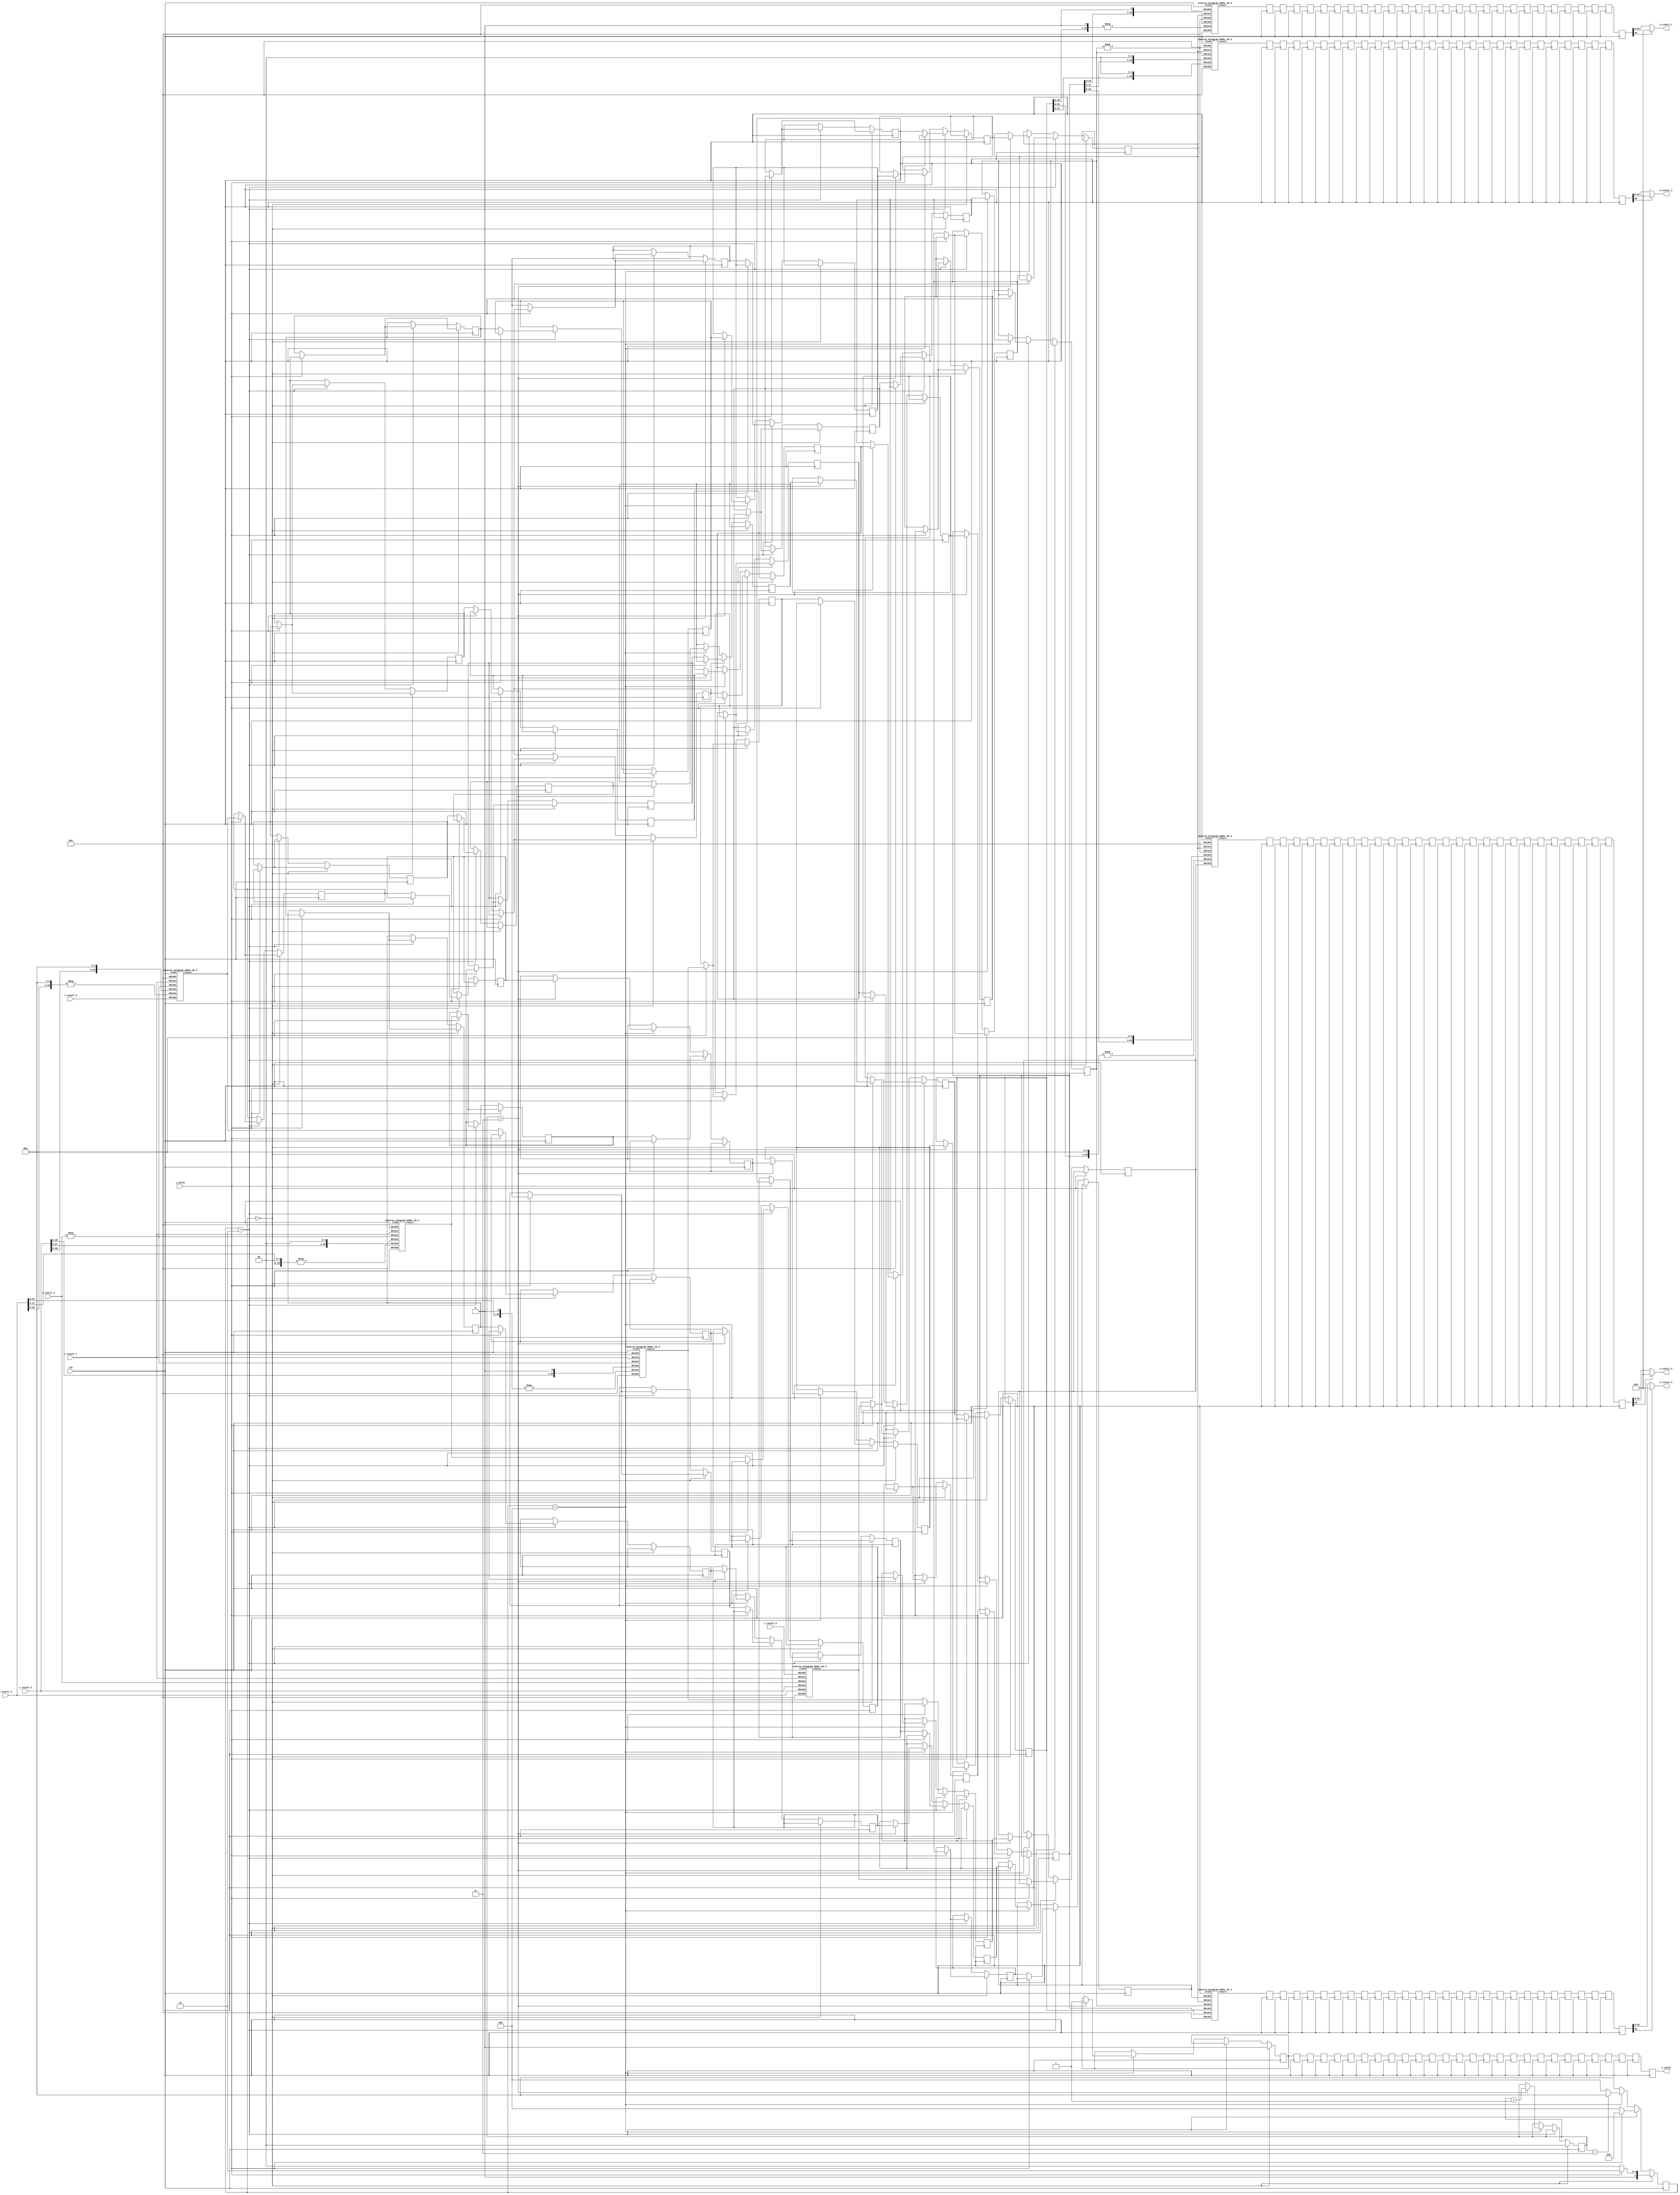
`define SIMULATION_MEMORY

module inverse_winograd_1 (
	input clk,
	input i_valid,
	input [29:0] i_result_0,
	input [29:0] i_result_1,
	input [29:0] i_result_2,
	input [29:0] i_result_3,
	input [29:0] i_result_4,
	input [29:0] i_result_5,
	output [15:0] o_result_0,
	output [15:0] o_result_1,
	output [15:0] o_result_2,
	output [15:0] o_result_3,
	output o_valid
);

reg [2:0] state, next_state;
wire [29:0] adders_res_0_0;
reg [29:0] serialize_reg_0_0;
reg [29:0] adders_res_0_1;
reg [29:0] serialize_reg_0_1;
reg [29:0] adders_res_0_2;
reg [29:0] serialize_reg_0_2;
reg [29:0] adders_res_0_3;
reg [29:0] serialize_reg_0_3;
reg [29:0] adders_res_0_4;
reg [29:0] serialize_reg_0_4;
reg [29:0] adders_res_0_5;
reg [29:0] serialize_reg_0_5;
wire [29:0] adders_res_1_0;
reg [29:0] serialize_reg_1_0;
reg [29:0] adders_res_1_1;
reg [29:0] serialize_reg_1_1;
reg [29:0] adders_res_1_2;
reg [29:0] serialize_reg_1_2;
reg [29:0] adders_res_1_3;
reg [29:0] serialize_reg_1_3;
reg [29:0] adders_res_1_4;
reg [29:0] serialize_reg_1_4;
reg [29:0] adders_res_1_5;
reg [29:0] serialize_reg_1_5;
wire [29:0] adders_res_2_0;
reg [29:0] serialize_reg_2_0;
reg [29:0] adders_res_2_1;
reg [29:0] serialize_reg_2_1;
reg [29:0] adders_res_2_2;
reg [29:0] serialize_reg_2_2;
reg [29:0] adders_res_2_3;
reg [29:0] serialize_reg_2_3;
reg [29:0] adders_res_2_4;
reg [29:0] serialize_reg_2_4;
reg [29:0] adders_res_2_5;
reg [29:0] serialize_reg_2_5;
wire [29:0] adders_res_3_0;
reg [29:0] serialize_reg_3_0;
reg [29:0] adders_res_3_1;
reg [29:0] serialize_reg_3_1;
reg [29:0] adders_res_3_2;
reg [29:0] serialize_reg_3_2;
reg [29:0] adders_res_3_3;
reg [29:0] serialize_reg_3_3;
reg [29:0] adders_res_3_4;
reg [29:0] serialize_reg_3_4;
reg [29:0] adders_res_3_5;
reg [29:0] serialize_reg_3_5;

wire [29:0] result_reg_0_0;
wire [29:0] result_reg_0_1;
wire [29:0] result_reg_0_2;
wire [29:0] result_reg_0_3;
reg [29:0] result_reg_1_0;
reg [29:0] result_reg_1_1;
reg [29:0] result_reg_1_2;
reg [29:0] result_reg_1_3;
reg [29:0] result_reg_2_0;
reg [29:0] result_reg_2_1;
reg [29:0] result_reg_2_2;
reg [29:0] result_reg_2_3;
reg [29:0] result_reg_3_0;
reg [29:0] result_reg_3_1;
reg [29:0] result_reg_3_2;
reg [29:0] result_reg_3_3;
reg [29:0] result_reg_4_0;
reg [29:0] result_reg_4_1;
reg [29:0] result_reg_4_2;
reg [29:0] result_reg_4_3;
reg [29:0] result_reg_5_0;
reg [29:0] result_reg_5_1;
reg [29:0] result_reg_5_2;
reg [29:0] result_reg_5_3;
reg [29:0] result_reg_6_0;
reg [29:0] result_reg_6_1;
reg [29:0] result_reg_6_2;
reg [29:0] result_reg_6_3;
reg [29:0] result_reg_7_0;
reg [29:0] result_reg_7_1;
reg [29:0] result_reg_7_2;
reg [29:0] result_reg_7_3;
reg [29:0] result_reg_8_0;
reg [29:0] result_reg_8_1;
reg [29:0] result_reg_8_2;
reg [29:0] result_reg_8_3;
reg [29:0] result_reg_9_0;
reg [29:0] result_reg_9_1;
reg [29:0] result_reg_9_2;
reg [29:0] result_reg_9_3;
reg [29:0] result_reg_10_0;
reg [29:0] result_reg_10_1;
reg [29:0] result_reg_10_2;
reg [29:0] result_reg_10_3;
reg [29:0] result_reg_11_0;
reg [29:0] result_reg_11_1;
reg [29:0] result_reg_11_2;
reg [29:0] result_reg_11_3;
reg [29:0] result_reg_12_0;
reg [29:0] result_reg_12_1;
reg [29:0] result_reg_12_2;
reg [29:0] result_reg_12_3;
reg [29:0] result_reg_13_0;
reg [29:0] result_reg_13_1;
reg [29:0] result_reg_13_2;
reg [29:0] result_reg_13_3;
reg [29:0] result_reg_14_0;
reg [29:0] result_reg_14_1;
reg [29:0] result_reg_14_2;
reg [29:0] result_reg_14_3;
reg [29:0] result_reg_15_0;
reg [29:0] result_reg_15_1;
reg [29:0] result_reg_15_2;
reg [29:0] result_reg_15_3;
reg [29:0] result_reg_16_0;
reg [29:0] result_reg_16_1;
reg [29:0] result_reg_16_2;
reg [29:0] result_reg_16_3;
reg [29:0] result_reg_17_0;
reg [29:0] result_reg_17_1;
reg [29:0] result_reg_17_2;
reg [29:0] result_reg_17_3;
reg [29:0] result_reg_18_0;
reg [29:0] result_reg_18_1;
reg [29:0] result_reg_18_2;
reg [29:0] result_reg_18_3;
reg [29:0] result_reg_19_0;
reg [29:0] result_reg_19_1;
reg [29:0] result_reg_19_2;
reg [29:0] result_reg_19_3;
reg [29:0] result_reg_20_0;
reg [29:0] result_reg_20_1;
reg [29:0] result_reg_20_2;
reg [29:0] result_reg_20_3;
reg [29:0] result_reg_21_0;
reg [29:0] result_reg_21_1;
reg [29:0] result_reg_21_2;
reg [29:0] result_reg_21_3;
reg [29:0] result_reg_22_0;
reg [29:0] result_reg_22_1;
reg [29:0] result_reg_22_2;
reg [29:0] result_reg_22_3;
reg [29:0] result_reg_23_0;
reg [29:0] result_reg_23_1;
reg [29:0] result_reg_23_2;
reg [29:0] result_reg_23_3;
reg [29:0] result_reg_24_0;
reg [29:0] result_reg_24_1;
reg [29:0] result_reg_24_2;
reg [29:0] result_reg_24_3;
reg [29:0] result_reg_25_0;
reg [29:0] result_reg_25_1;
reg [29:0] result_reg_25_2;
reg [29:0] result_reg_25_3;
reg [29:0] result_reg_26_0;
reg [29:0] result_reg_26_1;
reg [29:0] result_reg_26_2;
reg [29:0] result_reg_26_3;
reg [29:0] result_reg_27_0;
reg [29:0] result_reg_27_1;
reg [29:0] result_reg_27_2;
reg [29:0] result_reg_27_3;

reg out_valid_0;
reg out_valid_1;
reg out_valid_2;
reg out_valid_3;
reg out_valid_4;
reg out_valid_5;
reg out_valid_6;
reg out_valid_7;
reg out_valid_8;
reg out_valid_9;
reg out_valid_10;
reg out_valid_11;
reg out_valid_12;
reg out_valid_13;
reg out_valid_14;
reg out_valid_15;
reg out_valid_16;
reg out_valid_17;
reg out_valid_18;
reg out_valid_19;
reg out_valid_20;
reg out_valid_21;
reg out_valid_22;
reg out_valid_23;
reg out_valid_24;
reg out_valid_25;
reg out_valid_26;
reg out_valid_27;
reg [1:0] serialize_count;

always @ (posedge clk) begin
	out_valid_1 <= out_valid_0;
	result_reg_1_0 <= result_reg_0_0;
	result_reg_1_1 <= result_reg_0_1;
	result_reg_1_2 <= result_reg_0_2;
	result_reg_1_3 <= result_reg_0_3;
	out_valid_2 <= out_valid_1;
	result_reg_2_0 <= result_reg_1_0;
	result_reg_2_1 <= result_reg_1_1;
	result_reg_2_2 <= result_reg_1_2;
	result_reg_2_3 <= result_reg_1_3;
	out_valid_3 <= out_valid_2;
	result_reg_3_0 <= result_reg_2_0;
	result_reg_3_1 <= result_reg_2_1;
	result_reg_3_2 <= result_reg_2_2;
	result_reg_3_3 <= result_reg_2_3;
	out_valid_4 <= out_valid_3;
	result_reg_4_0 <= result_reg_3_0;
	result_reg_4_1 <= result_reg_3_1;
	result_reg_4_2 <= result_reg_3_2;
	result_reg_4_3 <= result_reg_3_3;
	out_valid_5 <= out_valid_4;
	result_reg_5_0 <= result_reg_4_0;
	result_reg_5_1 <= result_reg_4_1;
	result_reg_5_2 <= result_reg_4_2;
	result_reg_5_3 <= result_reg_4_3;
	out_valid_6 <= out_valid_5;
	result_reg_6_0 <= result_reg_5_0;
	result_reg_6_1 <= result_reg_5_1;
	result_reg_6_2 <= result_reg_5_2;
	result_reg_6_3 <= result_reg_5_3;
	out_valid_7 <= out_valid_6;
	result_reg_7_0 <= result_reg_6_0;
	result_reg_7_1 <= result_reg_6_1;
	result_reg_7_2 <= result_reg_6_2;
	result_reg_7_3 <= result_reg_6_3;
	out_valid_8 <= out_valid_7;
	result_reg_8_0 <= result_reg_7_0;
	result_reg_8_1 <= result_reg_7_1;
	result_reg_8_2 <= result_reg_7_2;
	result_reg_8_3 <= result_reg_7_3;
	out_valid_9 <= out_valid_8;
	result_reg_9_0 <= result_reg_8_0;
	result_reg_9_1 <= result_reg_8_1;
	result_reg_9_2 <= result_reg_8_2;
	result_reg_9_3 <= result_reg_8_3;
	out_valid_10 <= out_valid_9;
	result_reg_10_0 <= result_reg_9_0;
	result_reg_10_1 <= result_reg_9_1;
	result_reg_10_2 <= result_reg_9_2;
	result_reg_10_3 <= result_reg_9_3;
	out_valid_11 <= out_valid_10;
	result_reg_11_0 <= result_reg_10_0;
	result_reg_11_1 <= result_reg_10_1;
	result_reg_11_2 <= result_reg_10_2;
	result_reg_11_3 <= result_reg_10_3;
	out_valid_12 <= out_valid_11;
	result_reg_12_0 <= result_reg_11_0;
	result_reg_12_1 <= result_reg_11_1;
	result_reg_12_2 <= result_reg_11_2;
	result_reg_12_3 <= result_reg_11_3;
	out_valid_13 <= out_valid_12;
	result_reg_13_0 <= result_reg_12_0;
	result_reg_13_1 <= result_reg_12_1;
	result_reg_13_2 <= result_reg_12_2;
	result_reg_13_3 <= result_reg_12_3;
	out_valid_14 <= out_valid_13;
	result_reg_14_0 <= result_reg_13_0;
	result_reg_14_1 <= result_reg_13_1;
	result_reg_14_2 <= result_reg_13_2;
	result_reg_14_3 <= result_reg_13_3;
	out_valid_15 <= out_valid_14;
	result_reg_15_0 <= result_reg_14_0;
	result_reg_15_1 <= result_reg_14_1;
	result_reg_15_2 <= result_reg_14_2;
	result_reg_15_3 <= result_reg_14_3;
	out_valid_16 <= out_valid_15;
	result_reg_16_0 <= result_reg_15_0;
	result_reg_16_1 <= result_reg_15_1;
	result_reg_16_2 <= result_reg_15_2;
	result_reg_16_3 <= result_reg_15_3;
	out_valid_17 <= out_valid_16;
	result_reg_17_0 <= result_reg_16_0;
	result_reg_17_1 <= result_reg_16_1;
	result_reg_17_2 <= result_reg_16_2;
	result_reg_17_3 <= result_reg_16_3;
	out_valid_18 <= out_valid_17;
	result_reg_18_0 <= result_reg_17_0;
	result_reg_18_1 <= result_reg_17_1;
	result_reg_18_2 <= result_reg_17_2;
	result_reg_18_3 <= result_reg_17_3;
	out_valid_19 <= out_valid_18;
	result_reg_19_0 <= result_reg_18_0;
	result_reg_19_1 <= result_reg_18_1;
	result_reg_19_2 <= result_reg_18_2;
	result_reg_19_3 <= result_reg_18_3;
	out_valid_20 <= out_valid_19;
	result_reg_20_0 <= result_reg_19_0;
	result_reg_20_1 <= result_reg_19_1;
	result_reg_20_2 <= result_reg_19_2;
	result_reg_20_3 <= result_reg_19_3;
	out_valid_21 <= out_valid_20;
	result_reg_21_0 <= result_reg_20_0;
	result_reg_21_1 <= result_reg_20_1;
	result_reg_21_2 <= result_reg_20_2;
	result_reg_21_3 <= result_reg_20_3;
	out_valid_22 <= out_valid_21;
	result_reg_22_0 <= result_reg_21_0;
	result_reg_22_1 <= result_reg_21_1;
	result_reg_22_2 <= result_reg_21_2;
	result_reg_22_3 <= result_reg_21_3;
	out_valid_23 <= out_valid_22;
	result_reg_23_0 <= result_reg_22_0;
	result_reg_23_1 <= result_reg_22_1;
	result_reg_23_2 <= result_reg_22_2;
	result_reg_23_3 <= result_reg_22_3;
	out_valid_24 <= out_valid_23;
	result_reg_24_0 <= result_reg_23_0;
	result_reg_24_1 <= result_reg_23_1;
	result_reg_24_2 <= result_reg_23_2;
	result_reg_24_3 <= result_reg_23_3;
	out_valid_25 <= out_valid_24;
	result_reg_25_0 <= result_reg_24_0;
	result_reg_25_1 <= result_reg_24_1;
	result_reg_25_2 <= result_reg_24_2;
	result_reg_25_3 <= result_reg_24_3;
	out_valid_26 <= out_valid_25;
	result_reg_26_0 <= result_reg_25_0;
	result_reg_26_1 <= result_reg_25_1;
	result_reg_26_2 <= result_reg_25_2;
	result_reg_26_3 <= result_reg_25_3;
	out_valid_27 <= out_valid_26;
	result_reg_27_0 <= result_reg_26_0;
	result_reg_27_1 <= result_reg_26_1;
	result_reg_27_2 <= result_reg_26_2;
	result_reg_27_3 <= result_reg_26_3;
end

// FSM Combinational Logic
always @ (state or i_valid or serialize_count) begin
	if(state == 3'b000) begin
		if(i_valid == 1'b1)begin
			next_state = 3'b010;
		end else begin
			next_state = 3'b000;
		end
	end else if (state == 3'b010) begin
		if(i_valid == 1'b0) begin
			next_state = 3'b100;
		end else begin
			next_state = 3'b010;
		end
	end else if (state == 3'b100) begin
		if(serialize_count == 3)begin
			next_state = 3'b000;
		end else begin
			next_state = 3'b100;
		end
	end else begin
		next_state = 3'b000;
	end
end

// FSM Sequential Logic
always @ (posedge clk) begin
	if (state == 3'b000) begin
		serialize_count <= 0;
		out_valid_0 <= 0;
		if (i_valid == 1'b1) begin
			adders_res_0_1 <= adders_res_0_0;
			adders_res_1_1 <= adders_res_1_0;
			adders_res_2_1 <= adders_res_2_0;
			adders_res_3_1 <= adders_res_3_0;
			adders_res_0_2 <= adders_res_0_1;
			adders_res_1_2 <= adders_res_1_1;
			adders_res_2_2 <= adders_res_2_1;
			adders_res_3_2 <= adders_res_3_1;
			adders_res_0_3 <= adders_res_0_2;
			adders_res_1_3 <= adders_res_1_2;
			adders_res_2_3 <= adders_res_2_2;
			adders_res_3_3 <= adders_res_3_2;
			adders_res_0_4 <= adders_res_0_3;
			adders_res_1_4 <= adders_res_1_3;
			adders_res_2_4 <= adders_res_2_3;
			adders_res_3_4 <= adders_res_3_3;
			adders_res_0_5 <= adders_res_0_4;
			adders_res_1_5 <= adders_res_1_4;
			adders_res_2_5 <= adders_res_2_4;
			adders_res_3_5 <= adders_res_3_4;
		end
	end else if (state == 3'b010) begin
		if(i_valid == 1'b1) begin
			adders_res_0_1 <= adders_res_0_0;
			adders_res_1_1 <= adders_res_1_0;
			adders_res_2_1 <= adders_res_2_0;
			adders_res_3_1 <= adders_res_3_0;
			adders_res_0_2 <= adders_res_0_1;
			adders_res_1_2 <= adders_res_1_1;
			adders_res_2_2 <= adders_res_2_1;
			adders_res_3_2 <= adders_res_3_1;
			adders_res_0_3 <= adders_res_0_2;
			adders_res_1_3 <= adders_res_1_2;
			adders_res_2_3 <= adders_res_2_2;
			adders_res_3_3 <= adders_res_3_2;
			adders_res_0_4 <= adders_res_0_3;
			adders_res_1_4 <= adders_res_1_3;
			adders_res_2_4 <= adders_res_2_3;
			adders_res_3_4 <= adders_res_3_3;
			adders_res_0_5 <= adders_res_0_4;
			adders_res_1_5 <= adders_res_1_4;
			adders_res_2_5 <= adders_res_2_4;
			adders_res_3_5 <= adders_res_3_4;
		end else begin
			serialize_reg_0_0 <= adders_res_0_0;
			serialize_reg_1_0 <= adders_res_1_0;
			serialize_reg_2_0 <= adders_res_2_0;
			serialize_reg_3_0 <= adders_res_3_0;
			serialize_reg_0_1 <= adders_res_0_1;
			serialize_reg_1_1 <= adders_res_1_1;
			serialize_reg_2_1 <= adders_res_2_1;
			serialize_reg_3_1 <= adders_res_3_1;
			serialize_reg_0_2 <= adders_res_0_2;
			serialize_reg_1_2 <= adders_res_1_2;
			serialize_reg_2_2 <= adders_res_2_2;
			serialize_reg_3_2 <= adders_res_3_2;
			serialize_reg_0_3 <= adders_res_0_3;
			serialize_reg_1_3 <= adders_res_1_3;
			serialize_reg_2_3 <= adders_res_2_3;
			serialize_reg_3_3 <= adders_res_3_3;
			serialize_reg_0_4 <= adders_res_0_4;
			serialize_reg_1_4 <= adders_res_1_4;
			serialize_reg_2_4 <= adders_res_2_4;
			serialize_reg_3_4 <= adders_res_3_4;
			serialize_reg_0_5 <= adders_res_0_5;
			serialize_reg_1_5 <= adders_res_1_5;
			serialize_reg_2_5 <= adders_res_2_5;
			serialize_reg_3_5 <= adders_res_3_5;
		end
	end else if (state == 3'b100) begin
		if (serialize_count < 3) begin
			serialize_reg_0_0 <= serialize_reg_1_0;
			serialize_reg_0_1 <= serialize_reg_1_1;
			serialize_reg_0_2 <= serialize_reg_1_2;
			serialize_reg_0_3 <= serialize_reg_1_3;
			serialize_reg_0_4 <= serialize_reg_1_4;
			serialize_reg_0_5 <= serialize_reg_1_5;
			serialize_reg_1_0 <= serialize_reg_2_0;
			serialize_reg_1_1 <= serialize_reg_2_1;
			serialize_reg_1_2 <= serialize_reg_2_2;
			serialize_reg_1_3 <= serialize_reg_2_3;
			serialize_reg_1_4 <= serialize_reg_2_4;
			serialize_reg_1_5 <= serialize_reg_2_5;
			serialize_reg_2_0 <= serialize_reg_3_0;
			serialize_reg_2_1 <= serialize_reg_3_1;
			serialize_reg_2_2 <= serialize_reg_3_2;
			serialize_reg_2_3 <= serialize_reg_3_3;
			serialize_reg_2_4 <= serialize_reg_3_4;
			serialize_reg_2_5 <= serialize_reg_3_5;
			serialize_count <= serialize_count + 1'b1;
			out_valid_0 <= 1;
		end
	end
	state <=  next_state;
end

// AT Adders
inverse_winograd_adder_30_3 inverse_winograd_adder_30_3_inst_IWA0 (
	.data0x(i_result_0),
	.data1x(i_result_1),
	.data2x(i_result_2),
	.data3x(i_result_3),
	.data4x(i_result_4),
	.data5x({ (30) {1'b0} }),
	.clock(clk),
	.result(adders_res_0_0)
);
wire [29:0] f1, f2;
assign f1 = -i_result_2;
assign f2 = -{i_result_4[28:0], 1'b0};
inverse_winograd_adder_30_3 inverse_winograd_adder_30_3_inst_IWA1 (
	.data0x({ (30){1'b0} }),
	.data1x(i_result_1),
	.data2x(f1),
	.data3x({i_result_3[28:0], 1'b0}),
	.data4x(f2),
	.data5x({ (30){1'b0} }),
	.clock(clk),
	.result(adders_res_1_0)
);
wire [29:0] f3, f4;
assign f3 = -i_result_2;
assign f4 = -{i_result_4[27:0], 2'b00};
inverse_winograd_adder_30_3 inverse_winograd_adder_30_3_inst_IWA2 (
	.data0x({ (30){1'b0} }),
	.data1x(i_result_1),
	.data2x(f3),
	.data3x({i_result_3[27:0], 2'b00}),
	.data4x(f4),
	.data5x({ (30){1'b0} }),
	.clock(clk),
	.result(adders_res_2_0)
);
wire [29:0] f5, f6;
assign f5 = -i_result_2;
assign f6 = -{i_result_4[26:0], 3'b000};
inverse_winograd_adder_30_3 inverse_winograd_adder_30_3_inst_IWA3 (
	.data0x({ (30){1'b0} }),
	.data1x(i_result_1),
	.data2x(f5),
	.data3x({i_result_3[26:0], 3'b000}),
	.data4x(f6),
	.data5x(i_result_5),
	.clock(clk),
	.result(adders_res_3_0)
);

// A Adders
inverse_winograd_adder_30_3 inverse_winograd_adder_30_3_inst_IWAT0 (
	.data0x(serialize_reg_0_5),
	.data1x(serialize_reg_0_4),
	.data2x(serialize_reg_0_3),
	.data3x(serialize_reg_0_2),
	.data4x(serialize_reg_0_1),
	.data5x({ (30) {1'b0} }),
	.clock(clk),
	.result(result_reg_0_0)
);
wire [29:0] f7, f8;
assign f7 = -serialize_reg_0_3;
assign f8 = -{serialize_reg_0_1[28:0], 1'b0};
inverse_winograd_adder_30_3 inverse_winograd_adder_30_3_inst_IWAT1 (
	.data0x({ (30){1'b0} }),
	.data1x(serialize_reg_0_4),
	.data2x(f7),
	.data3x({serialize_reg_0_2[28:0], 1'b0}),
	.data4x(f8),
	.data5x({ (30){1'b0} }),
	.clock(clk),
	.result(result_reg_0_1)
);
inverse_winograd_adder_30_3 inverse_winograd_adder_30_3_inst_IWAT2 (
	.data0x({ (30){1'b0} }),
	.data1x(serialize_reg_0_4),
	.data2x(serialize_reg_0_3),
	.data3x({serialize_reg_0_2[27:0], 2'b00}),
	.data4x({serialize_reg_0_1[27:0], 2'b00}),
	.data5x({ (30){1'b0} }),
	.clock(clk),
	.result(result_reg_0_2)
);
wire [29:0] f9, f10;
assign f9 = -serialize_reg_0_3;
assign f10 = -{serialize_reg_0_1[26:0], 3'b000};
inverse_winograd_adder_30_3 inverse_winograd_adder_30_3_inst_IWAT3 (
	.data0x({ (30){1'b0} }),
	.data1x(serialize_reg_0_4),
	.data2x(f9),
	.data3x({serialize_reg_0_2[26:0], 3'b000}),
	.data4x(f10),
	.data5x(serialize_reg_0_0),
	.clock(clk),
	.result(result_reg_0_3)
);

reg [15:0] result_wire_0;
reg [15:0] result_wire_1;
reg [15:0] result_wire_2;
reg [15:0] result_wire_3;

always @ (*) begin
	if(result_reg_27_0[29] == 1'b0) begin
		result_wire_0 <= result_reg_27_0[23:8];
	end else begin
		result_wire_0 <= { (16){1'b0} };
	end
	if(result_reg_27_1[29] == 1'b0) begin
		result_wire_1 <= result_reg_27_1[23:8];
	end else begin
		result_wire_1 <= { (16){1'b0} };
	end
	if(result_reg_27_2[29] == 1'b0) begin
		result_wire_2 <= result_reg_27_2[23:8];
	end else begin
		result_wire_2 <= { (16){1'b0} };
	end
	if(result_reg_27_3[29] == 1'b0) begin
		result_wire_3 <= result_reg_27_3[23:8];
	end else begin
		result_wire_3 <= { (16){1'b0} };
	end
end

assign o_valid = out_valid_27;
assign o_result_0 = result_wire_0;
assign o_result_1 = result_wire_1;
assign o_result_2 = result_wire_2;
assign o_result_3 = result_wire_3;

endmodule

module inverse_winograd_adder_30_3 (
	input clock,
	input [29:0] data0x,
	input [29:0] data1x,
	input [29:0] data2x,
	input [29:0] data3x,
	input [29:0] data4x,
	input [29:0] data5x,
	output [29:0] result
);

reg [32:0] pipeline_0_0;
reg [32:0] pipeline_0_1;
reg [32:0] pipeline_0_2;
reg [32:0] pipeline_1_0;
reg [32:0] pipeline_1_1;
reg [32:0] pipeline_2_0;

always @ (posedge clock) begin
	pipeline_0_0 <= data0x + data1x;
	pipeline_0_1 <= data2x + data3x;
	pipeline_0_2 <= data4x + data5x;
	pipeline_1_0 <= pipeline_0_0 + pipeline_0_1;
	pipeline_1_1 <= pipeline_0_2;
	pipeline_2_0 <= pipeline_1_0 + pipeline_1_1;
end

assign result = pipeline_2_0;

endmodule